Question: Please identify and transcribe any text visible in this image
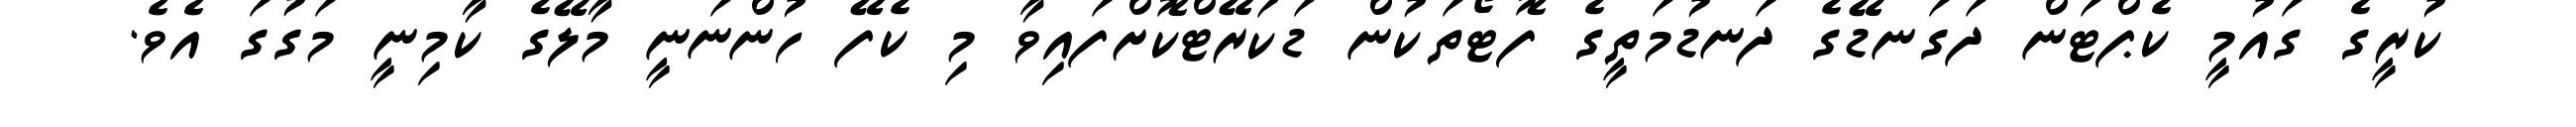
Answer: ކުރީގެ ގައުމީ ކެޕްޓަން ދަގަނޑޭގެ ދަނޑުމަތީގެ ފޮޓޯތަކުން ޑަކަރޭޓްކޮށްފައިވާ މި ކެފޭ ހުންނަނީ މާލޭގެ ކާމިނީ މަގުގަ އެވެ.